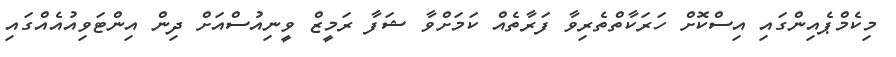
މިކެމްޕެއިންގައި އިސްކޮށް ހަރަކާތްތެރިވާ ފަރާތެއް ކަމަށްވާ ޝަފާ ރަމީޒް ވީނިއުސްއަށް ދިން އިންޓަވިއުއެއްގައި